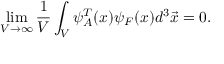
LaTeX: \operatorname * { l i m } _ { V \rightarrow \infty } \frac { 1 } { V } \int _ { V } \psi _ { A } ^ { T } ( x ) \psi _ { F } ( x ) d ^ { 3 } \vec { x } = 0 .